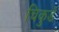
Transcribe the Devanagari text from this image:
चिकुर्डे